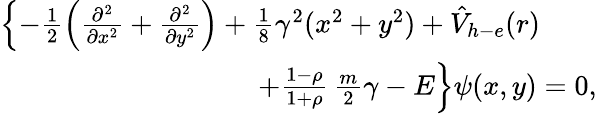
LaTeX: \begin{array}{r}{\left\{ -\frac{1}{2}\left(\frac{\partial^{2}}{\partial x^{2}}+\frac{\partial^{2}}{\partial y^{2}}\right)+\frac{1}{8}\gamma^{2}(x^{2}+y^{2})+{\hat{V}}_{h-e}(r)\right.\qquad}\\ {\left.\qquad+\frac{1-\rho}{1+\rho}\, \frac{m}{2}\gamma-E\right\} \psi(x,y)=0,}\end{array}